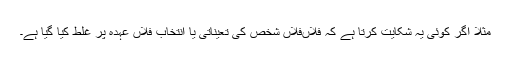
مثلاً اگر کوئی یہ شکایت کرتا ہے کہ فلاںفلاں شخص کی تعیناتی یا انتخاب فلاں عہدہ پر غلط کیا گیا ہے۔